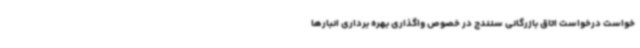
خواست درخواست اتاق بازرگانی سنندج در خصوص واگذاری بهره برداری انبارها